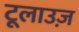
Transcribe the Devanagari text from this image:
टूलाउज़